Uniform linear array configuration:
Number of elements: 48
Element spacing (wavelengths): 0.75
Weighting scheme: exponential
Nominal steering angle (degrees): -30
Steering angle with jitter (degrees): -31.734
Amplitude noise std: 0.05
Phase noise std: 0.05

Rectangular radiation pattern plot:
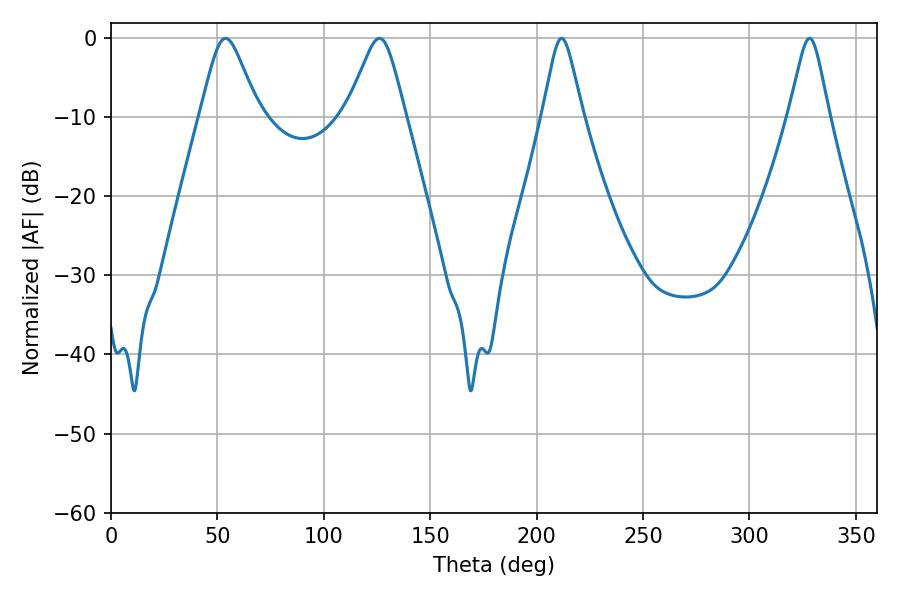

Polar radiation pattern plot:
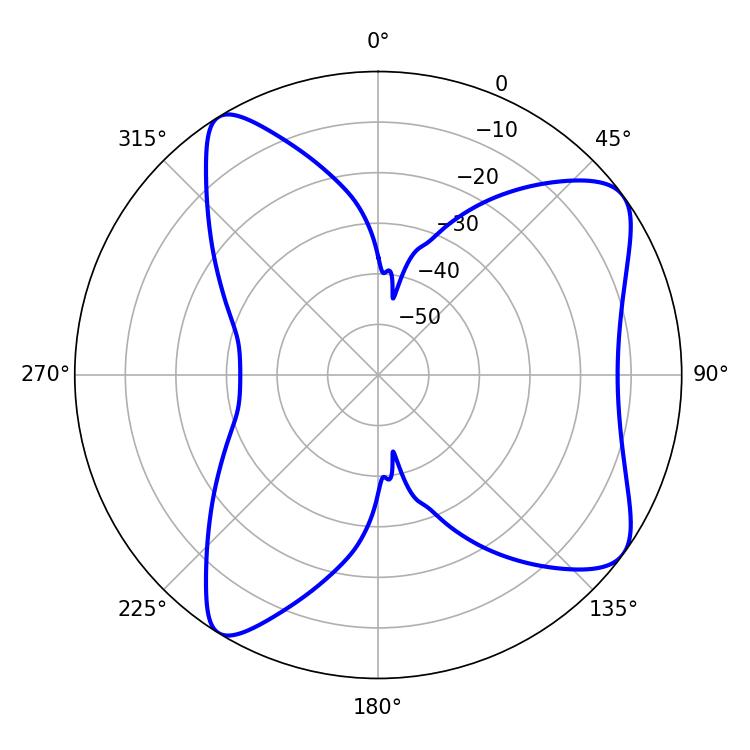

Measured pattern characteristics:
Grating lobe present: TRUE
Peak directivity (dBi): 8.542
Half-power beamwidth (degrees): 13.14
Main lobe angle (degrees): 53.82